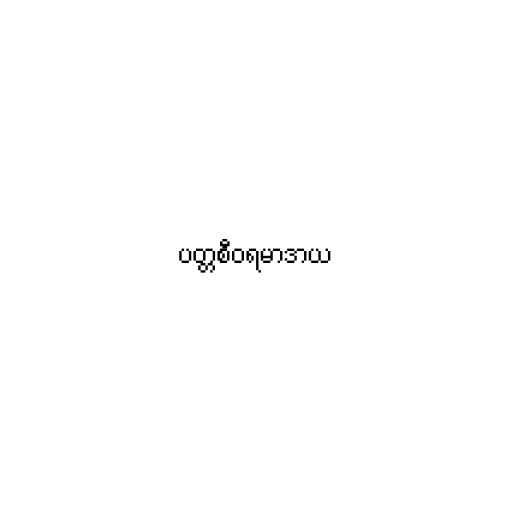
ပတ္တစီဝရမာဒာယ